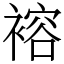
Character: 褣